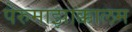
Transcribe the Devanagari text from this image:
पेरुमाझाक्कालम